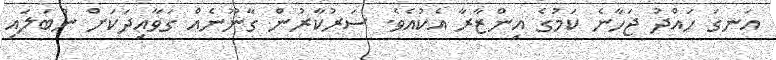
އަނގަ ހައްދު ޖަހާނެ ކަމުގެ އިންޒާރާ އެކުއެވެ. ސަރުކާރުން ގާނޫނެއް ގަވާއިދަކަށް ނުބަލައި